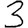
Digit: 3